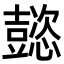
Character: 𢤥